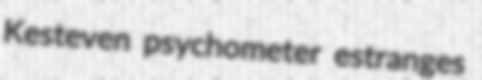
Kesteven psychometer estranges